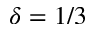
\delta = 1 / 3